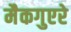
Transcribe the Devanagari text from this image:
मैकगुएरे